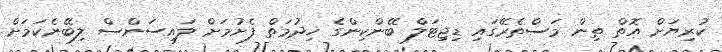
ކުރިޔަށް އޮތް ތިން މަސްތެރޭގައި ޑިޖިޓަލް ބޭންކިންގެ ޚިދުމަތް ފެށުމަށް ލައިސަންސް ލިބޭނެކަމަށް